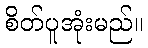
စိတ်ပူအုံးမည်။